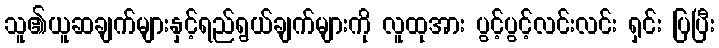
သူ၏ယူဆချက်များနှင့်ရည်ရွယ်ချက်များကို လူထုအား ပွင့်ပွင့်လင်းလင်း ရှင်း ပြပြီး